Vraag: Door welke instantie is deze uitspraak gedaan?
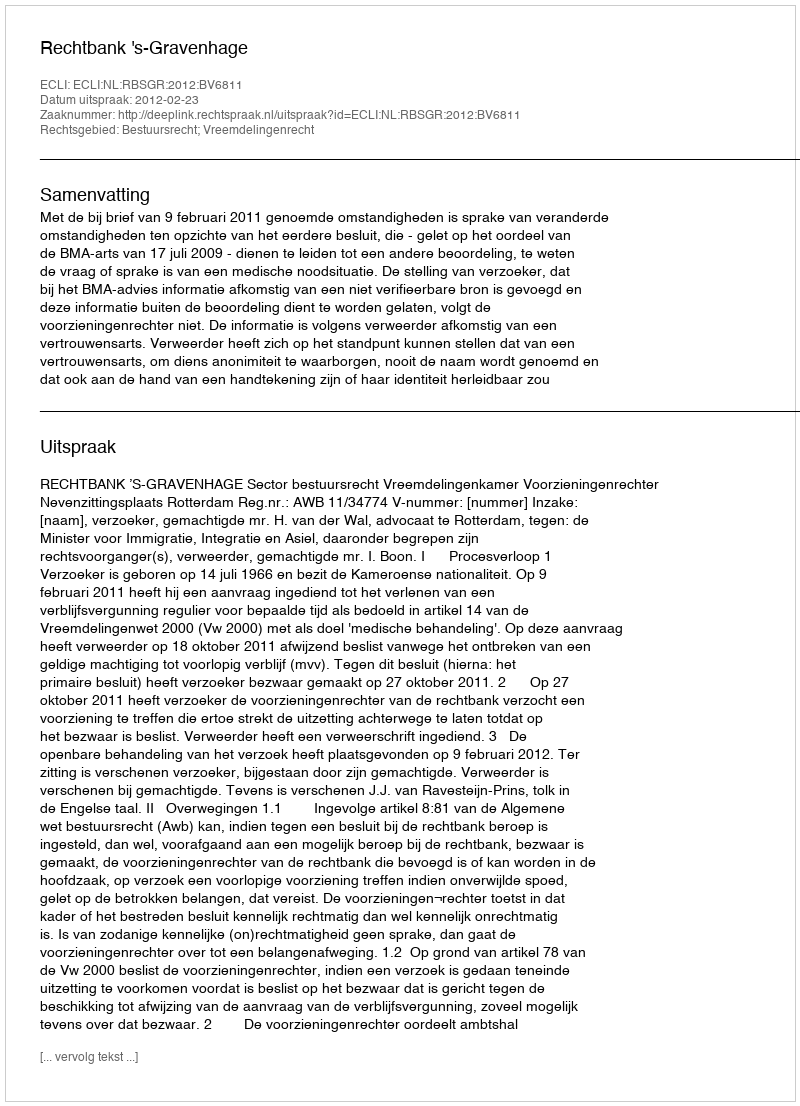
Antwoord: Rechtbank 's-Gravenhage